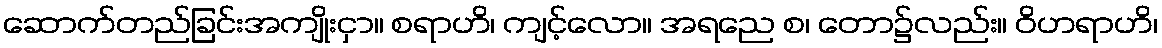
ဆောက်တည်ခြင်းအကျိုးငှာ။ စရာဟိ၊ ကျင့်လော။ အရညေ စ၊ တော၌လည်း။ ဝိဟရာဟိ၊